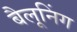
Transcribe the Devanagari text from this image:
बैलूनिंग